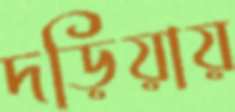
দড়িয়ায়